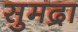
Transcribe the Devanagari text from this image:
सुमद्रा